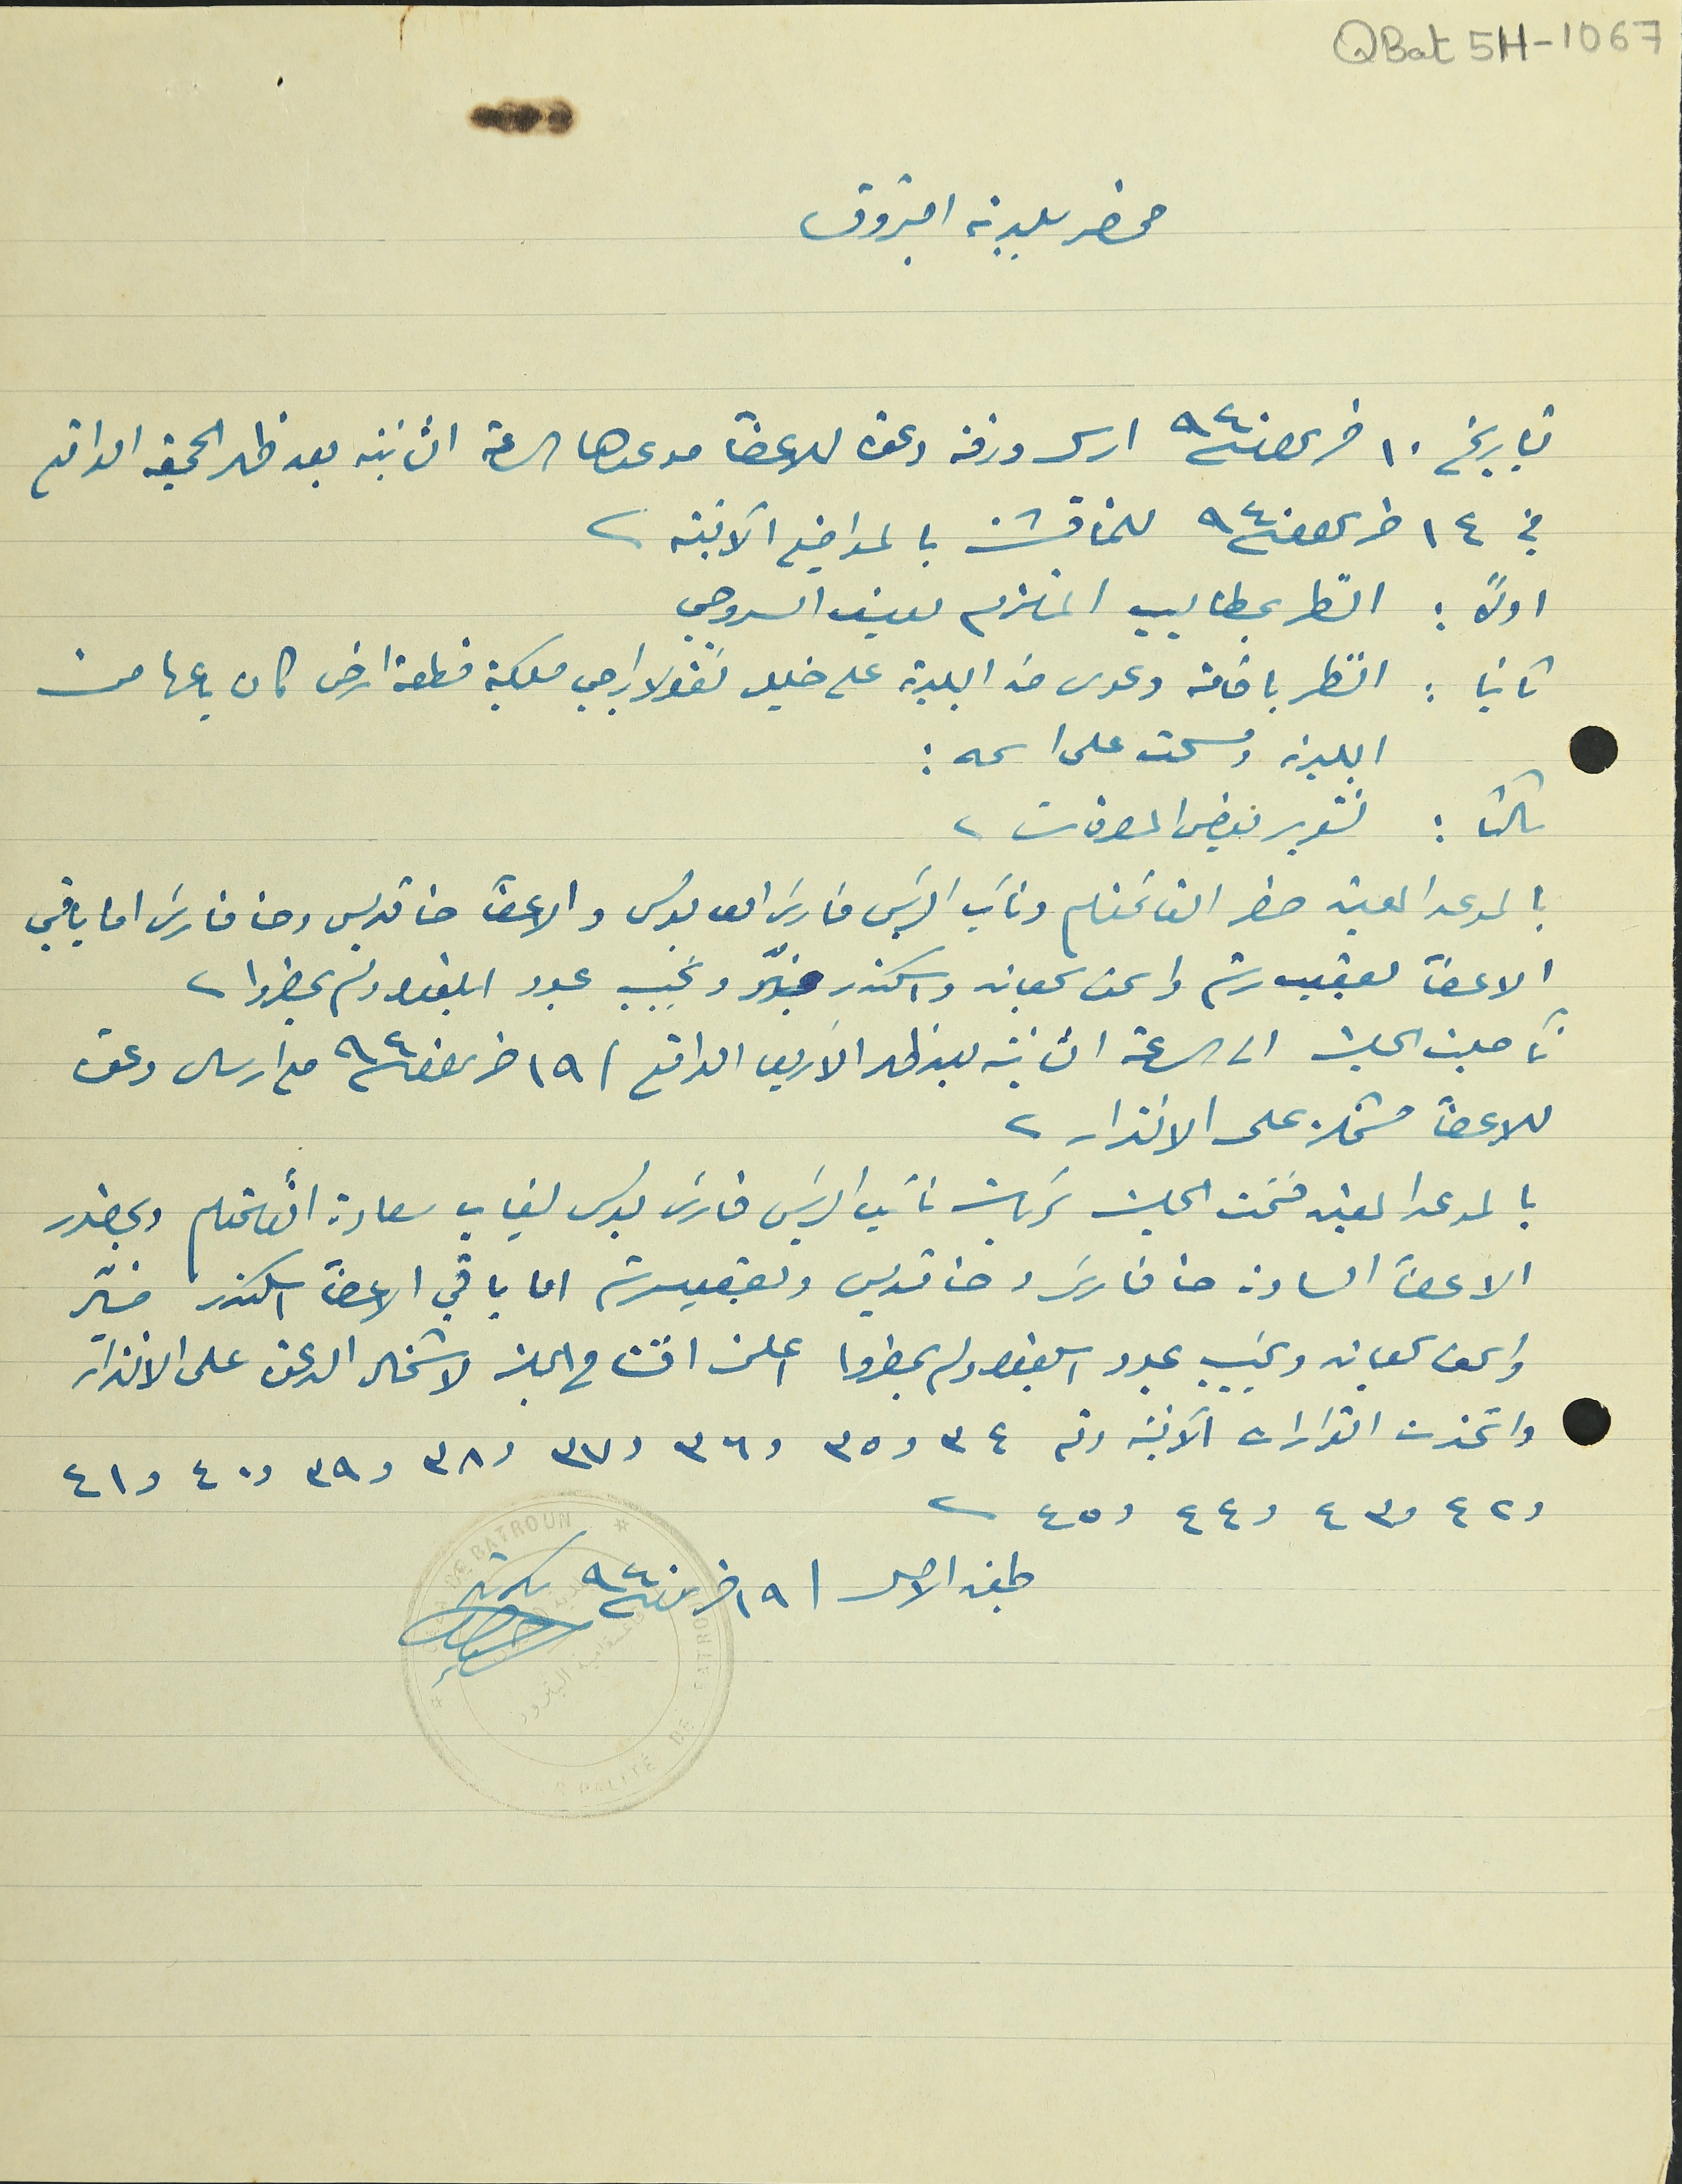
QBat 5H-1067
محضر بلدية البترون
بتاريخ ١٠ حزيران سنة ٩٤٠ ارسل ورقة دعوة للاعضأ موعدها الساعة الثانية بعد ظهر الجمعة الواقع
في ١٤ حزيران سنة ٩٤٠ للمناقشة بالمواضيع الآتية.
اولاً : النظر بمطاليب الملتزم يوسف السروجي
ثانيا : النظر باقامة دعوى ضد البلدية على خليل نقولا راجي ملكية قطعة ارض كان باعها من
البلدية ومسحت على اسمه :
ثالثا : تقرير بعض المصرفات.
بالموعد المعين حضر القائمقام ونائب الرئيس فارسَ ابو بولس والاعضآ حنا قديس وحنا فارسَ اما باقي
الاعضآ يعقوب رستم واسحق سجعان واسكندر منيّر ونجيب عبود ابلغوا ولم يحضروا.
تأجلت الجلسة الى الساعة الثانية بعد ظهر الاربعا الواقع فى ١٩ حزيران سنة ٩٤٠ مع ارسال دعوة
للاعضآ مشتملة على الانذار.
بالموعد المعين فتحت الجلسة برئاسة نائب الرئيس فارس بولس لغياب سعادة القائمقام وبحضور
الاعضآ السادة حنا فارسَ وحنا قديس ويعقوب رستم اما باقي الاعضآ اسكندر منيَر
واسحق سجعان ونجيب عبود ابلغوا ولم يحضروا اعلن افتتاح الجلسة لاشتمال الدعوة على الانذار
واتخذت القرارات الآتية رقم ٣٤ و٣٥ و٣٦ و٣٧ و٣٨ و٣٩ و٤٠ و٤١
و٤٢ و٤٣ و٤٤ و٤٥.
طبق الاصل فى ١٩ حزيران سنة ٩٤٠ سكرتر